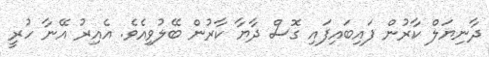
ދާނިޔަލް ކާރުން ފައިބައިފައި ގޮސް ދާޔާ ކާރުން ބޭލުވިއެވެ. އެއިރު އޭނާ ހުރީ